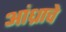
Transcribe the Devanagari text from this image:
आंध्राचे